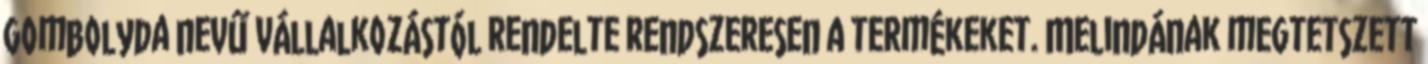
Gombolyda nevű vállalkozástól rendelte rendszeresen a termékeket. Melindának megtetszett